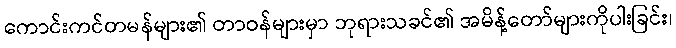
ကောင်းကင်တမန်များ၏ တာဝန်များမှာ ဘုရားသခင်၏ အမိန့်တော်များကိုပါးခြင်း၊